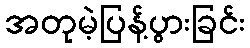
အတုမဲ့ပြန့်ပွားခြင်း